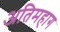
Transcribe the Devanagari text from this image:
अतिमहाग